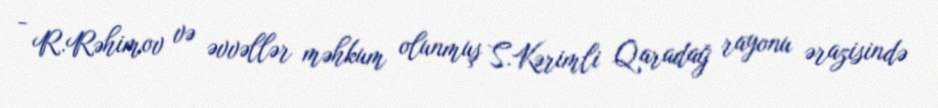
- R.Rəhimov və əvvəllər məhkum olunmuş S.Kərimli Qaradağ rayonu ərazisində